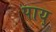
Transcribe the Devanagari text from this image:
पाय्